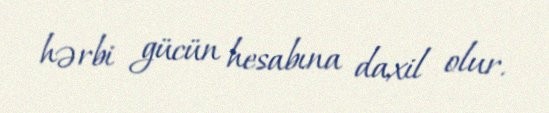
hərbi gücün hesabına daxil olur.